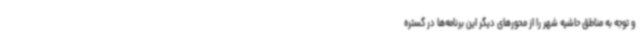
و توجه به مناطق حاشیه شهر را از محورهای دیگر این برنامه‌ها در گستره